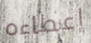
إعطاءه